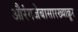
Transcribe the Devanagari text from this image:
औरंगजेबासारख्याक्रूर